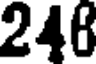
246